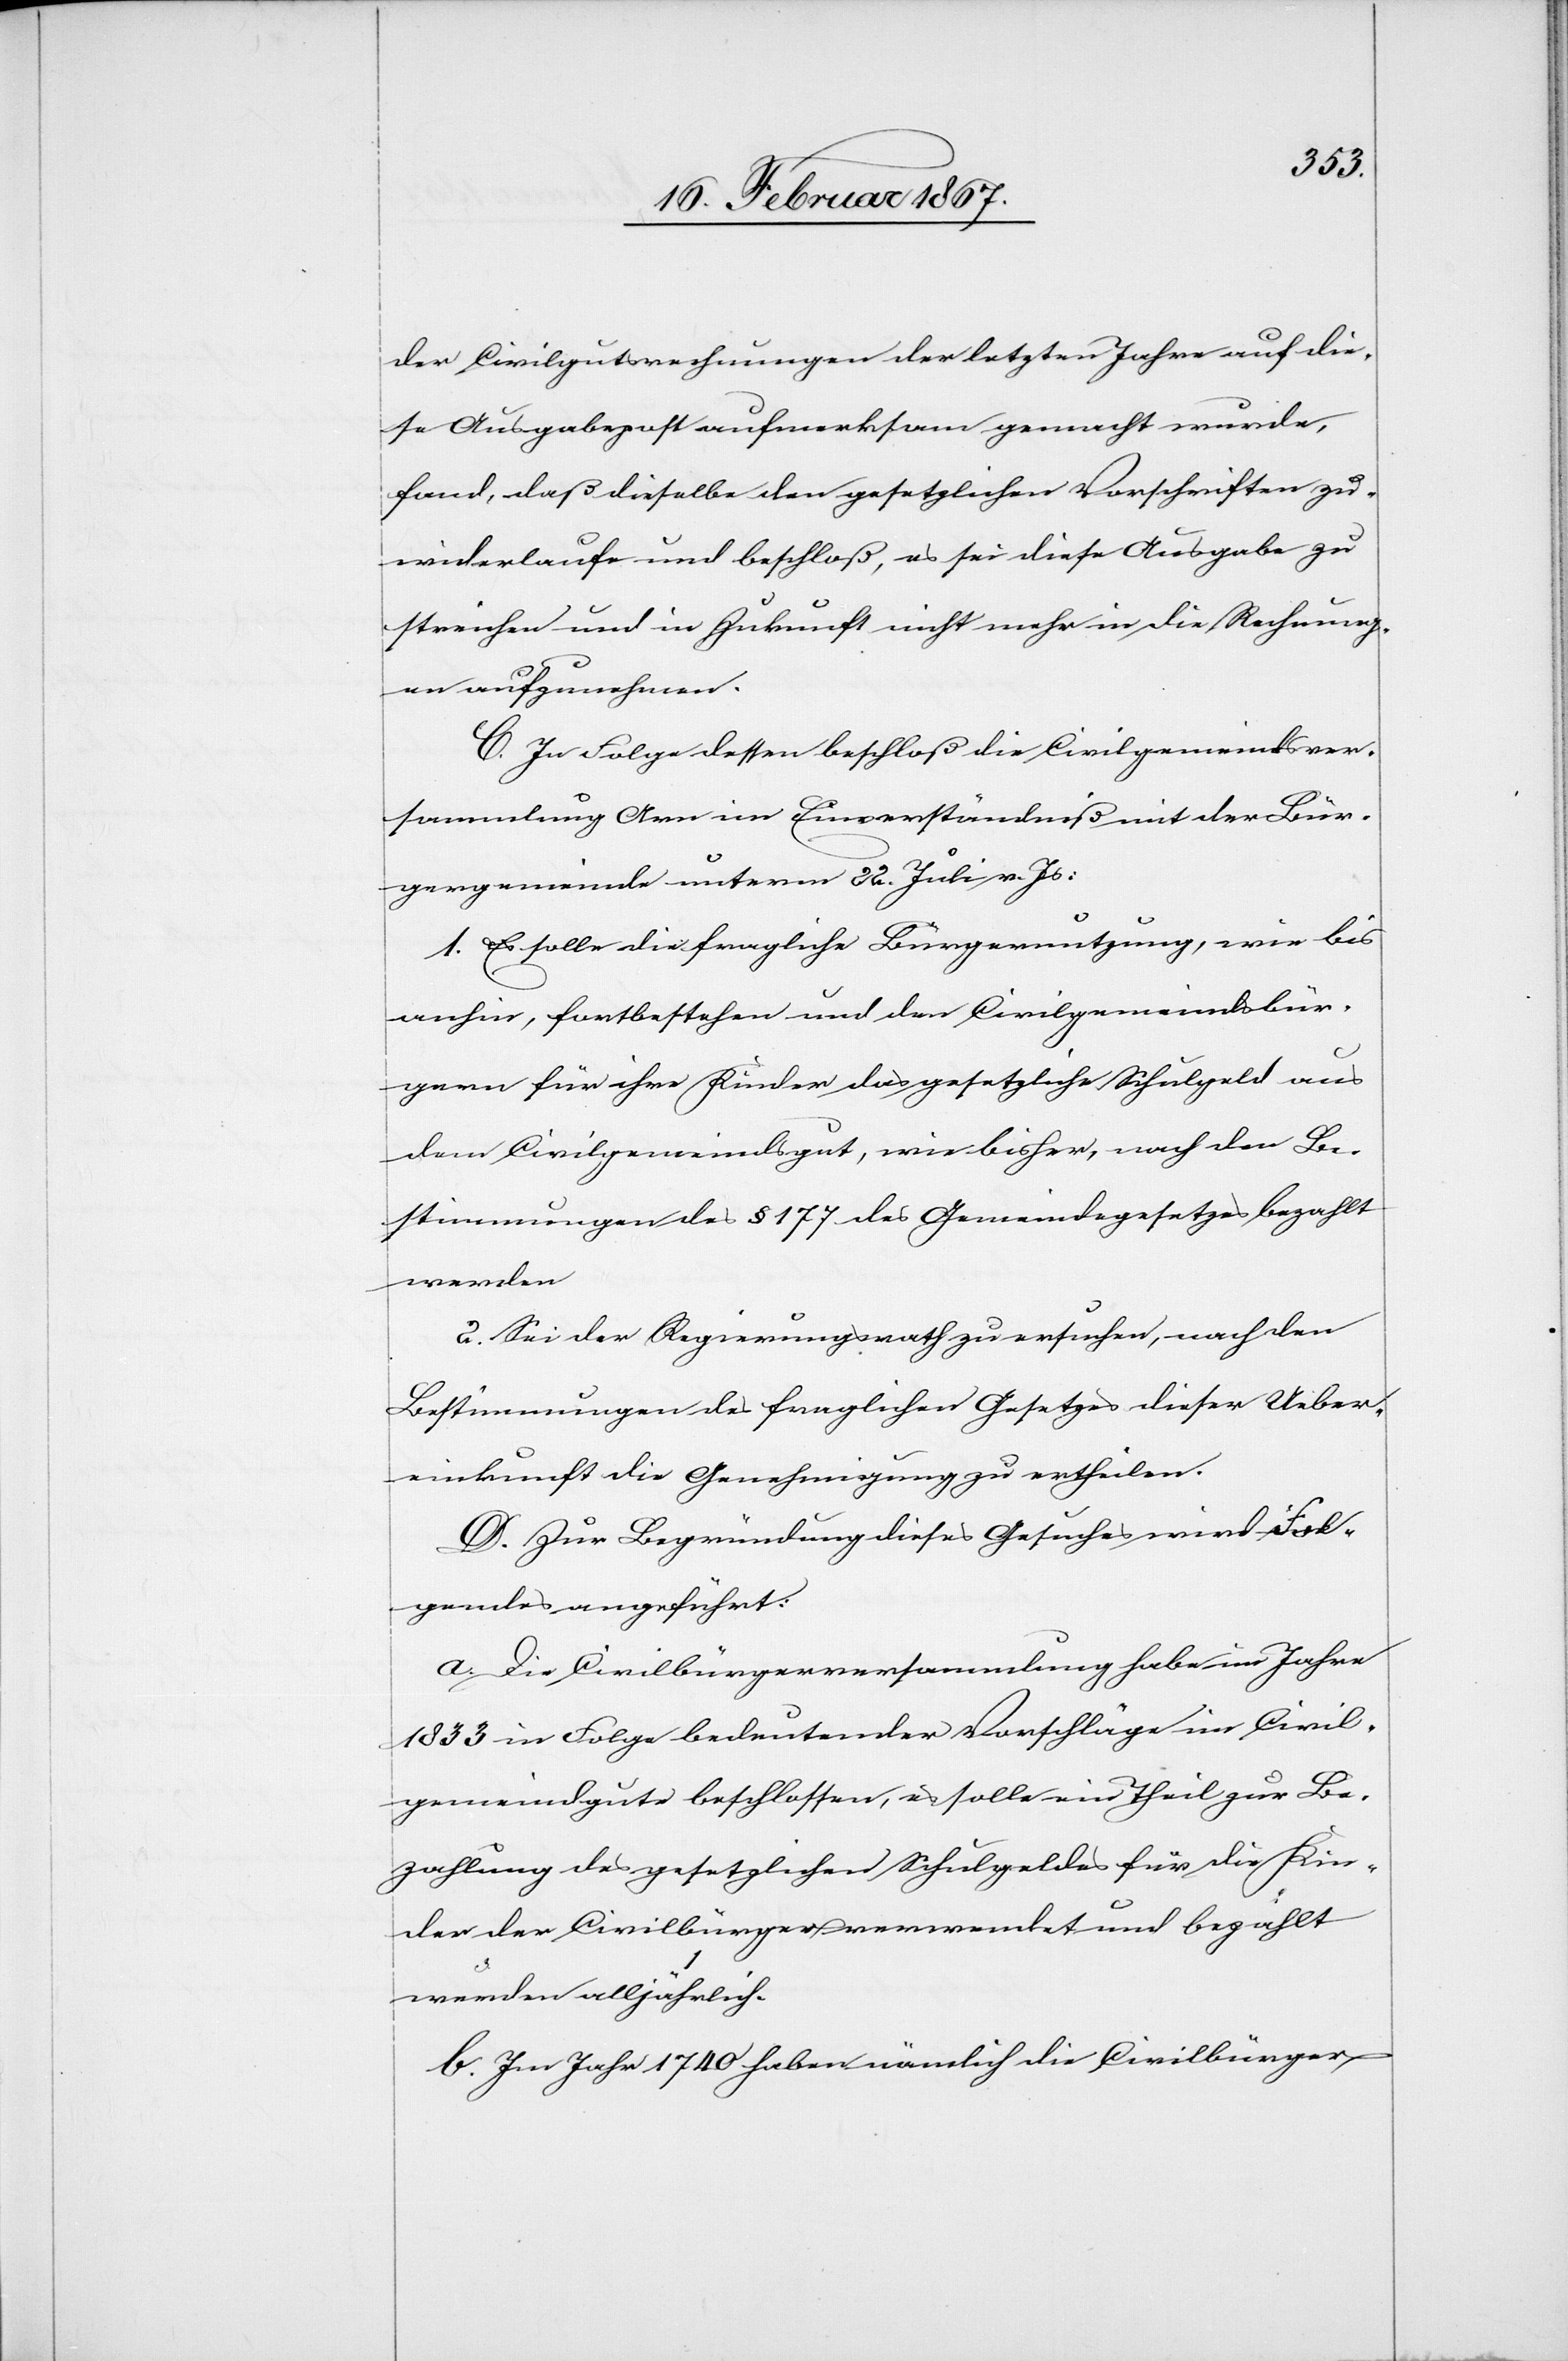
der Civilgutsrechnungen der letzten Jahre auf die¬
se Ausgabepost aufmerksam gemacht wurde,
fand, daß dieselbe den gesetzlichen Vorschriften zu¬
widerlaufe und beschloß, es sei diese Ausgabe zu
streichen und in Zukunft nicht mehr in die Rechnung¬
en aufzunehmen.
C. In Folge dessen beschloß die Civilgemeindsver¬
sammlung Arn im Einverständniß mit der Bür¬
gergemeinde unterm 22. Juli v. Js:
1. Es solle die fragliche Bürgernutzung, wie bis
anhin, fortbestehen und den Civilgemeindsbür¬
gern für ihre Kinder das gesetzliche Schulgeld aus
dem Civilgemeindsgut, wie bisher, nach den Be¬
stimmungen des § 177 des Gemeindegesetzes bezahlt
werden
2. Sei der Regierungsrath zu ersuchen, nach den
Bestimmungen des fraglichen Gesetzes dieser Ueber¬
einkunft die Genehmigung zu ertheilen.
D. Zur Begründung dieses Gesuches wird Fol¬
gendes angeführt:
a. Die Civilbürgerversammlung habe im Jahre
1833 in Folge bedeutender Vorschläge im Civil¬
gemeindgute beschlossen, es solle ein Theil zur Be¬
zahlung des gesetzlichen Schulgeldes für die Kin¬
der der Civilbürger verwendet und bezahlt
werden alljährlich.
b. Im Jahr 1740 haben nämlich die Civilbürger